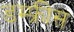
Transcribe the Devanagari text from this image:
डम्फ्रीस